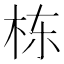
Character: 栋